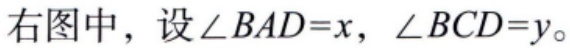
右图中，设\(\angle BAD = x\)，\(\angle BCD = y\)。